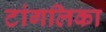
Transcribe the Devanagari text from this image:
टांगलिका